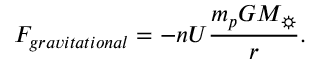
F _ { g r a v i t a t i o n a l } = - n U \frac { m _ { p } G M _ { \sun } } { r } .